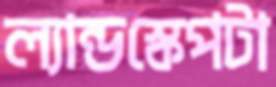
ল্যান্ডস্কেপটা